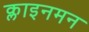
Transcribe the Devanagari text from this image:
क्लाइनमन